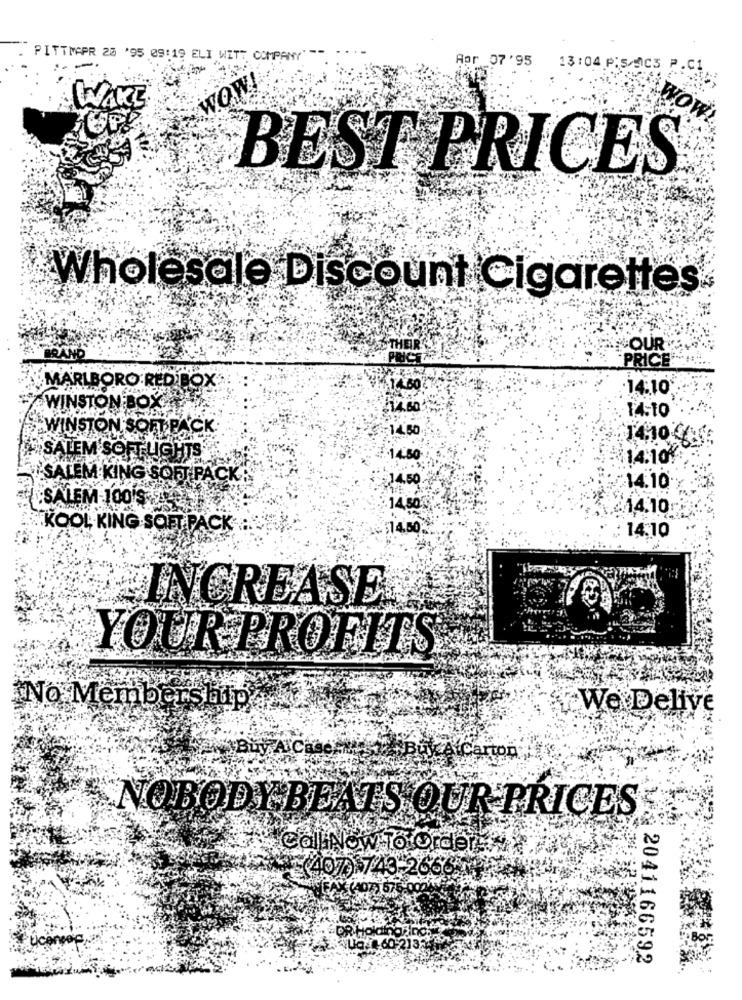
PITTMAPR 23 '95 09:19 ELI WITT COMPANY"
Apr 07'95
13:04 P:5/AC3
WOW!
WAKE
BEST PRICES
Wholesale Discount Cigarettes
THEIR
"OUR
BRAND
PRI
PRICE
MARLBORO REDBOX
14.60
.14:10
WINSTON BOX
14-10
WINSTON SOFT PACK
:14.30
14,10-4
SALEM SOFT LIGHTS
14.50
14.10%
SALEM KING SOFT PACK
14.50
14.10
SALEM-100'S
14,80
:: 14.10
KOOL KING.SOFT PACK
$74.50
14:10
INCREASE
YOUR PROFITS
No Membership
We Delive
Buy AICH
NOBODY BEATS OUR PRICES
CalliNow To order
(407) LA3-2699
NUQ:60-2132
204116659.2